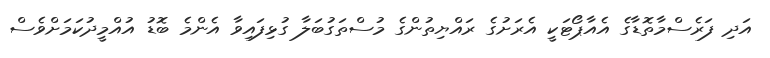
އަދި ފަރެސްމާތޮޑާގެ އެއާޕޯޓަކީ އެރަށުގެ ރައްޔިތުންގެ މުސްތަގުބަލާ ގުޅިފައިވާ އެންމެ ބޮޑު އުއްމީދުކަމަށްވެސް